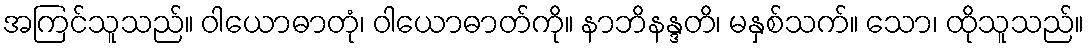
အကြင်သူသည်။ ဝါယောဓာတုံ၊ ဝါယောဓာတ်ကို။ နာဘိနန္ဒတိ၊ မနှစ်သက်။ သော၊ ထိုသူသည်။